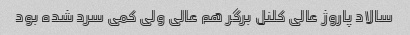
سالاد پاروژ عالی کلنل برگر هم عالی ولی کمی سرد شده بود